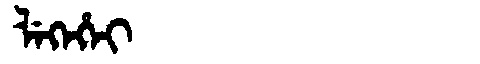
Manchu: ᠯᡝᡴᡝᡥᡝᡳ
Romanization: LEKEHEI